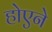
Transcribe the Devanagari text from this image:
होएने